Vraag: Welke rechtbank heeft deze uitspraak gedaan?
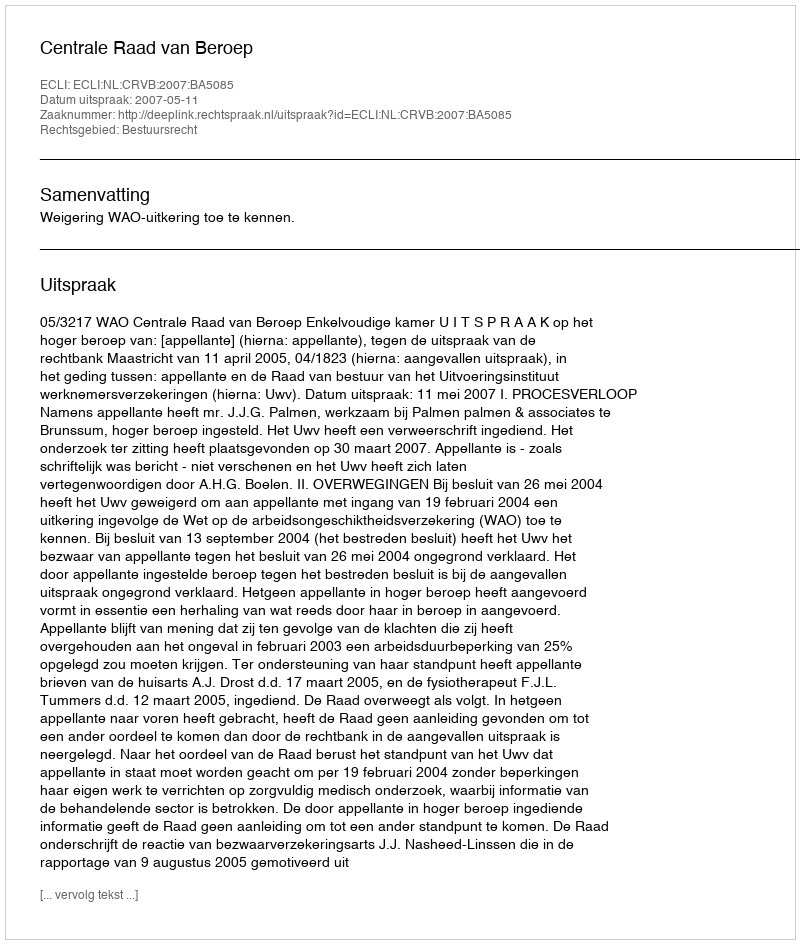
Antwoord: Centrale Raad van Beroep